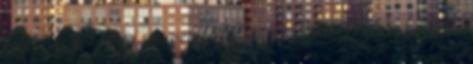
egy-egy gól négy percen belül, majd Paul Pogba döntötte